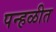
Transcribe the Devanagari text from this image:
पन्हळीत